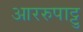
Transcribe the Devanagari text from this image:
आररुपाट्टु